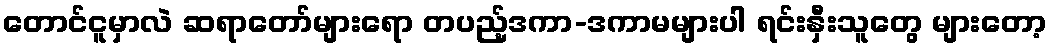
တောင်ငူမှာလဲ ဆရာတော်များရော တပည့်ဒကာ-ဒကာမများပါ ရင်းနှီးသူတွေ များတော့